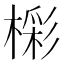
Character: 𣙓